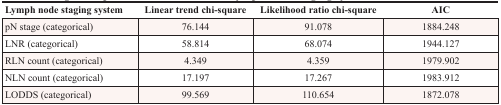
<table><thead><tr><td><b>Lymph node staging system</b></td><td><b>Linear trend chi-square</b></td><td><b>Likelihood ratio chi-square</b></td><td><b>AIC</b></td></tr></thead><tbody><tr><td>pN stage (categorical)</td><td>76.144</td><td>91.078</td><td>1884.248</td></tr><tr><td>LNR (categorical)</td><td>58.814</td><td>68.074</td><td>1944.127</td></tr><tr><td>RLN count (categorical)</td><td>4.349</td><td>4.359</td><td>1979.902</td></tr><tr><td>NLN count (categorical)</td><td>17.197</td><td>17.267</td><td>1983.912</td></tr><tr><td>LODDS (categorical)</td><td>99.569</td><td>110.654</td><td>1872.078</td></tr></tbody></table>